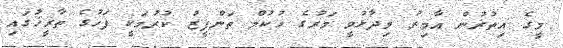
މީގެ އިތުރުން އާމިރު ވިދާޅުވީ މަރުގެ ހުކުމް ތަންފީޒު ކުރުމަކީ ފަހުގެ ތާރީޚުގައި